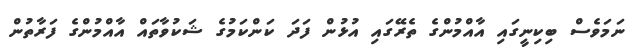
ނަމަވެސް ބިކިނީގައި އާއްމުންގެ ތެރޭގައި އުޅުން ފަދަ ކަންކަމުގެ ޝަކުވާތައް އާއްމުންގެ ފަރާތުން